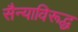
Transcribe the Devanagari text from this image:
सैन्याविरूद्ध